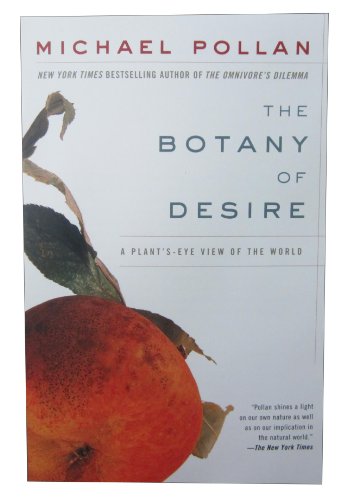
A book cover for The Botany of Desire: A Plant's-Eye View of the World; Michael Pollan; Crafts, Hobbies & Home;